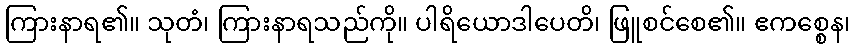
ကြားနာရ၏။ သုတံ၊ ကြားနာရသည်ကို။ ပါရိယောဒါပေတိ၊ ဖြူစင်စေ၏။ ဧကစ္စေန၊